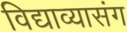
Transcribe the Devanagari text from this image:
विद्याव्यासंग